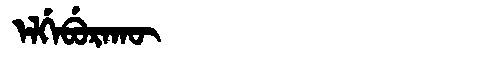
Manchu: ᡝᠯᡤᡝᠪᡠᡵᠠᡴᡡ
Romanization: ELGEBURAKŪ